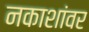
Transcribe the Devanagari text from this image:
नकाशांवर